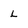
Character: L